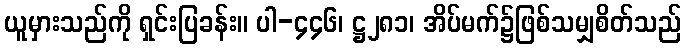
ယူမှားသည်ကို ရှင်းပြခန်း။ ပါ-၄၄၆၊ ဋ္ဌ၂၈၁၊ အိပ်မက်၌ဖြစ်သမျှစိတ်သည်